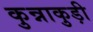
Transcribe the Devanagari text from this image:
कुन्नाकुड़ी